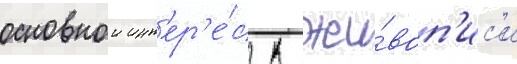
основнои инт'ер'е́с к жи́воп'ис'и